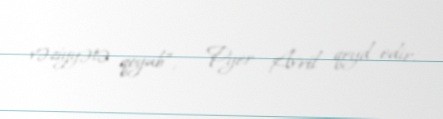
vəziyyətə qoyub”, - Pyer Avril qeyd edir.